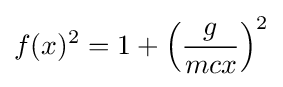
f(x)^{2}=1+\left({\frac {g}{mcx}}\right)^{2}